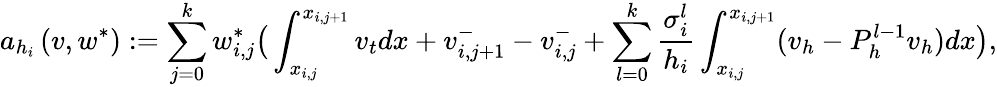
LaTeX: a_{h_{i}}\left(v,w^{*}\right):=\sum_{j=0}^{k}w_{i,j}^{*}\big(\int_{x_{i,j}}^{x_{i,j+1}}v_{t}dx+v_{i,j+1}^{-}-v_{i,j}^{-}+\displaystyle\sum_{l=0}^{k}\frac{\sigma_{i}^{l}}{h_{i}}\int_{x_{i,j}}^{x_{i,j+1}}(v_{h}-P_{h}^{l-1}v_{h})dx\big),